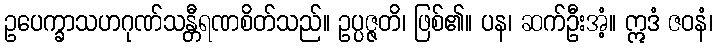
ဥပေက္ခာသဟဂုဏ်သန္တီရဏစိတ်သည်။ ဥပ္ပဇ္ဇတိ၊ ဖြစ်၏။ ပန၊ ဆက်ဦးအံ့။ ဣဒံ ဇဝနံ၊